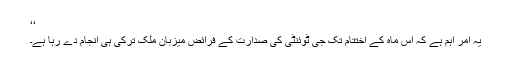
‘‘
يہ امر اہم ہے کہ اس ماہ کے اختتام تک جی ٹوئنٹی کی صدارت کے فرائض ميزبان ملک ترکی ہی انجام دے رہا ہے۔